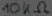
Text: 10KΩ